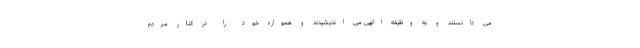
می دانستند و به وظیفه الهی می اندیشیدند و همواره خود را در کنار مردم